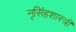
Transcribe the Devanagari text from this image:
नृसिंहशास्त्री